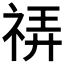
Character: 𰨀